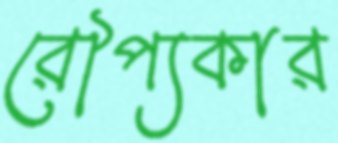
রৌপ্যকার